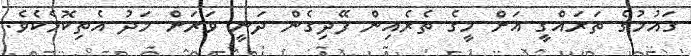
ގައުމުގެ ތަރައްގީ އަށް މީގެ ތެރެއިން ފޭދިގެން ދަނީ ވަރަށް މަދު އެތިކޮޅެކެވެ.